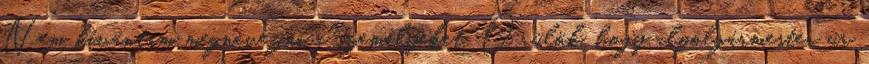
Nem kívántam megnevezni a személyeket. Örülök, hogy alpolgármester úr